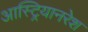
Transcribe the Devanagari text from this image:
आस्ट्रियानरेश